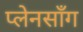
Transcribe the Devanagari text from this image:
प्लेनसाँग